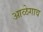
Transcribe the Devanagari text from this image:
आळेगाव